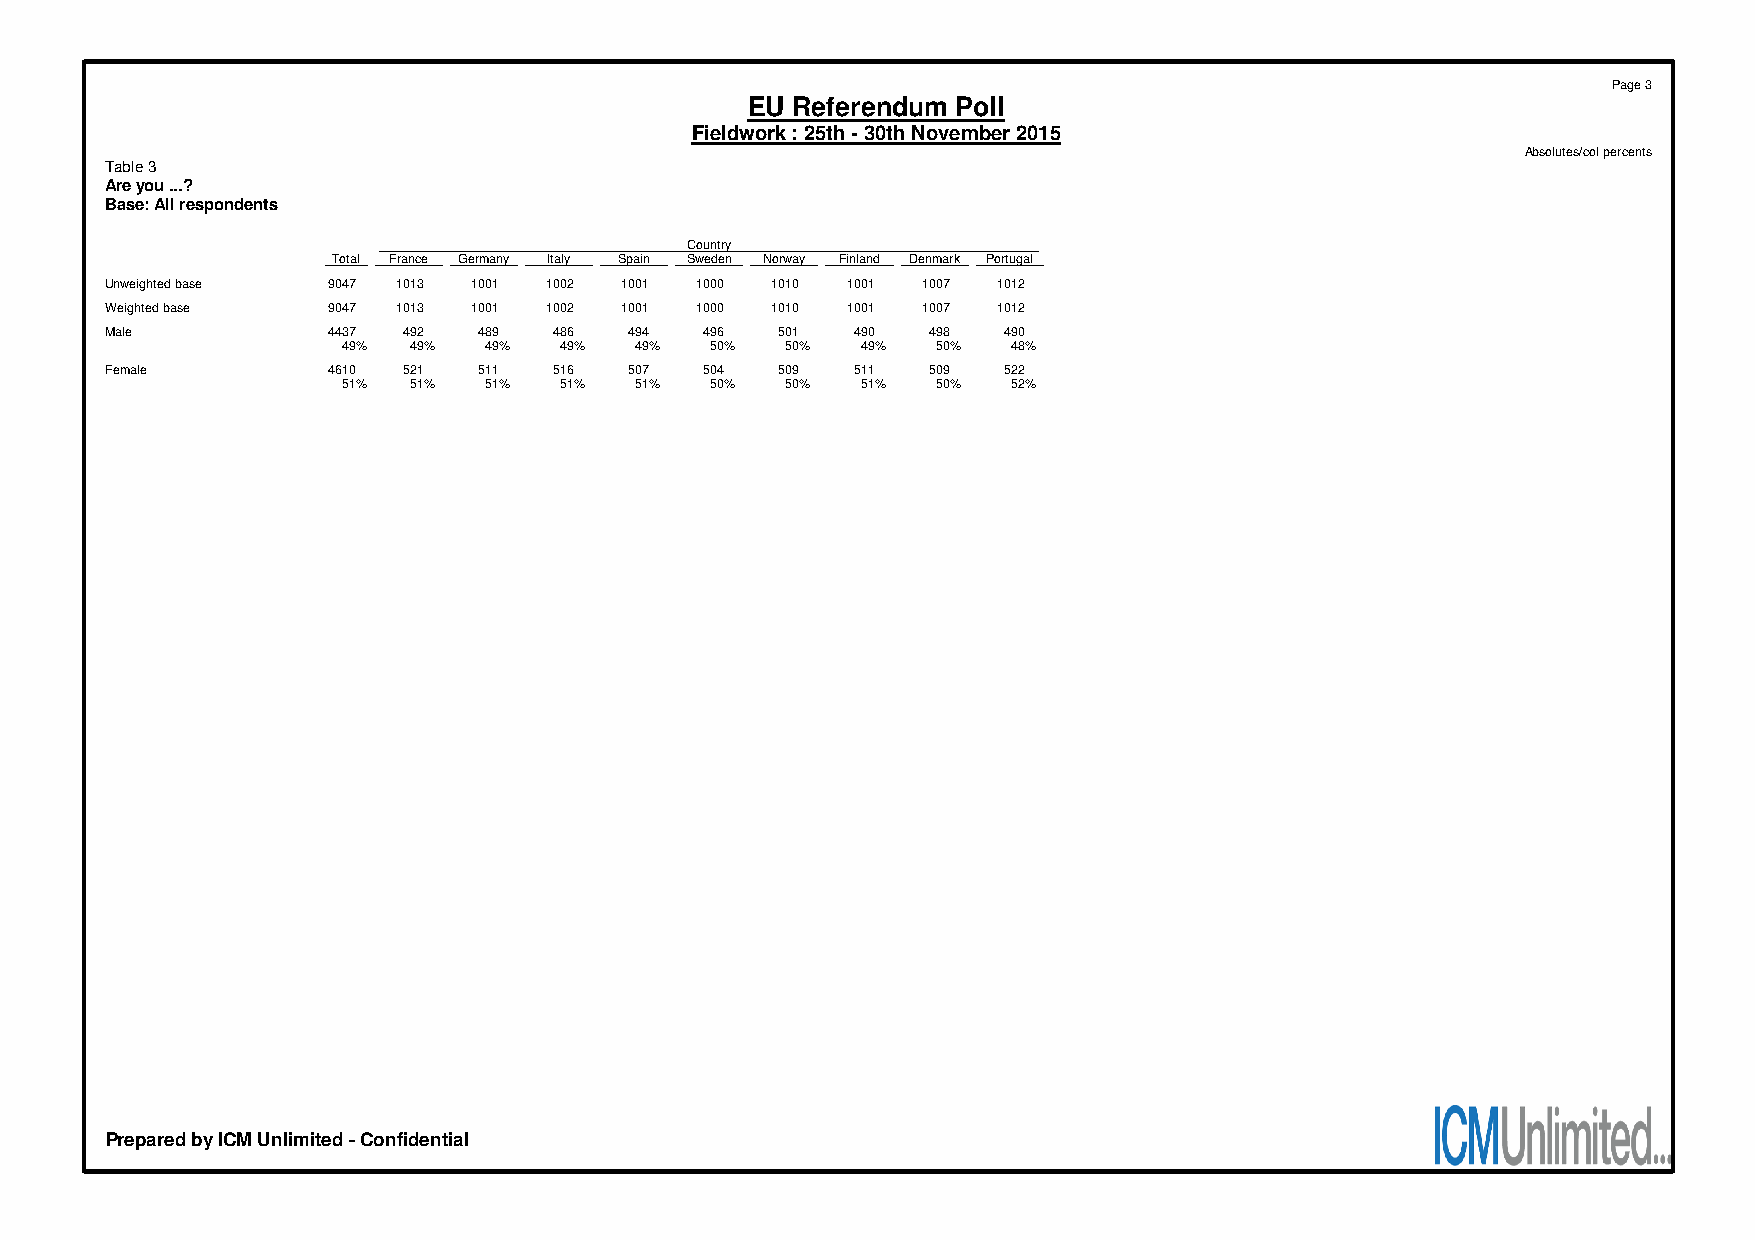
Page 3
 EU Referendum Poll
 Fieldwork : 25th - 30th November 2015
 Absolutes/col percents
 Table 3
 Are you ...?
 Base: All respondents
 Country
 Total France Germany Italy Spain Sweden Norway Finland Denmark Portugal
 Unweighted base 9047 1013 1001 1002 1001 1000 1010 1001 1007 1012
 Weighted base  9047 1013 1001 1002 1001 1000 1010 1001 1007 1012
 Male           4437 492  489  486  494  496  501 490  498  490
 49% 49%  49%  49%  49%  50%  50%  49%  50%  48%
 Female         4610 521  511  516  507  504  509 511  509  522
 51% 51%  51%  51%  51%  50%  50%  51%  50%  52%
 Prepared by ICM Unlimited - Confidential